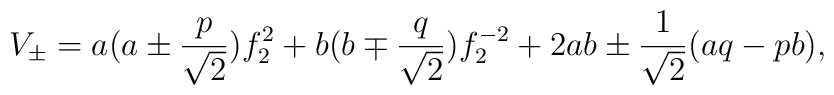
V_{\pm}=a(a\pm \frac{p}{\sqrt{2}})f^2_2+b(b\mp\frac{q}{\sqrt{2}})f^{-2}_2        + 2a b\pm\frac{1}{\sqrt{2}}(a q-p b),